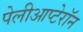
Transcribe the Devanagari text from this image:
पेलीआप्टेरॉन